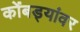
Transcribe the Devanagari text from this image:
कोंबड्यांवर